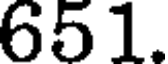
651.